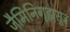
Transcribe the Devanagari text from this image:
जैमिनिगृह्यसूत्र